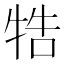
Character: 牿